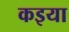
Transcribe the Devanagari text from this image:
कइया